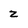
Character: 2